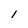
Character: 1